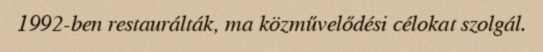
1992-ben restaurálták, ma közművelődési célokat szolgál.